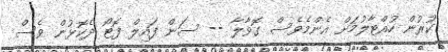
ކުރުން ހުއްޓާލުމަށް އެންމެވެސް ގޮވާލާ -- ސަން ފައިލް ފޮޓޯ ދެކޮޅުން ވެސް